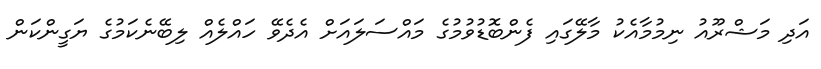
އަދި މަޝްރޫއު ނިމުމާއެކު މާލޭގައި ފެންބޮޑުވުމުގެ މައްސަލައަށް އެދެވޭ ހައްލެއް ލިބޭނެކަމުގެ ޔަގީންކަން